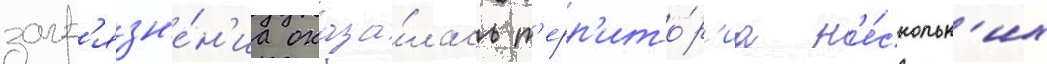
загр'язн'е́н'иа оказа́лась т'ерр'ито́р'иа н'е́скольк'их